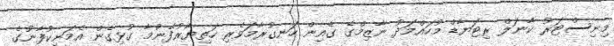
މިނިސްޓަރު ކާނަލް ރިޓަޔާޑް މުހައްމަދު ނާޒިމްގެ ގެއިން ހަނގުރާމަވެރި ހަތިޔާރުފެނުމާ ގުޅިގެން އެމަނިކުފާނުގެ